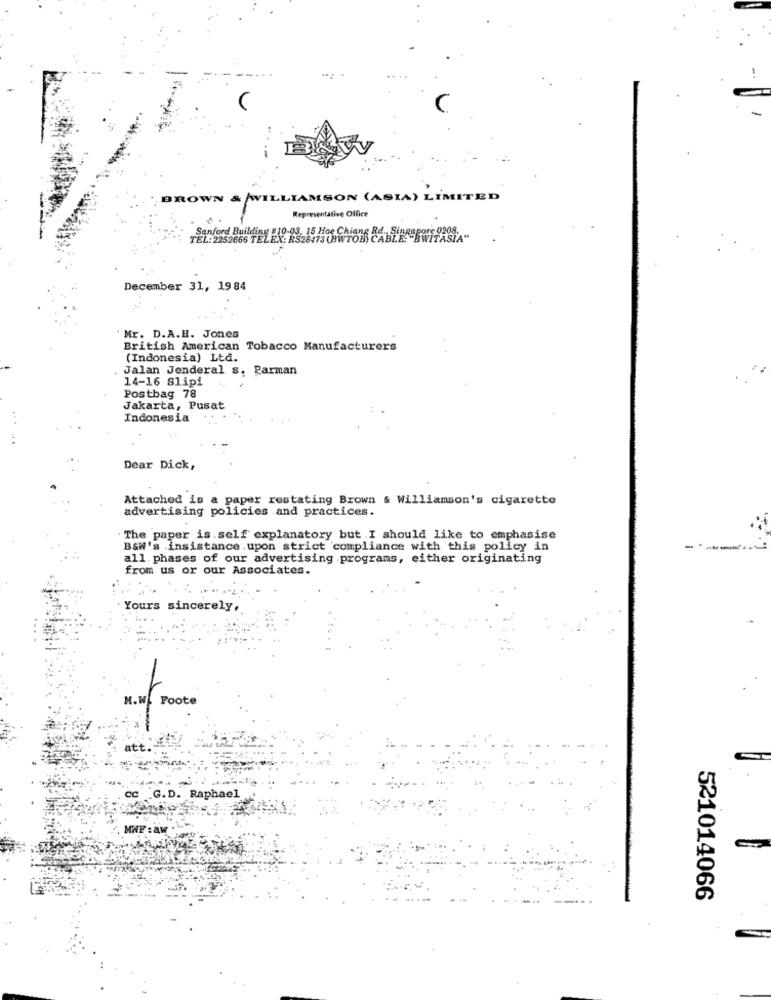
BROWN & WILLIAMSON (ASIA) LIMITED
Representative Office
19-03. 15 Hoe Chiang Rd. Singapore 0208.
10052885 TELEX: RS28473 (BWTOB) CABLE :- BWITAS
December 31, 1984
Mr. D.A.H. Jones
British American Tobacco Manufacturers
(Indonesia) Ltd.
Jalan Jenderal s. Parman
14-16 Slipi
Postbag 78
Jakarta, Pusat
Indonesia
Dear Dick,
Attached is & paper rostating Brown & Williamson's cigarette
advertising policies and practices.
The paper is self explanatory but I should like to emphasise
B&W's .insistance. upon strict compliance with this policy in
all phases of our advertising programs, either originating
from us or our Associates.
Yours sincerely,
M.W. Poote
CC G.D. Raphael
MWF :aw
521014066